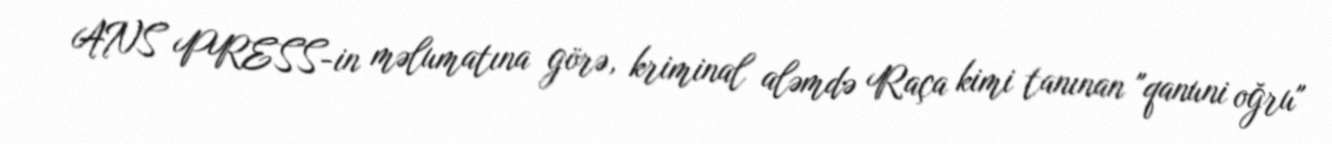
ANS PRESS-in məlumatına görə, kriminal aləmdə Raça kimi tanınan "qanuni oğru"